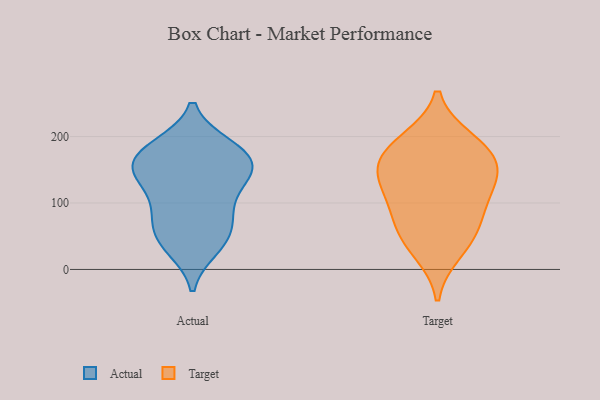
{"axis": {"x": "Production Output", "y": "Value"}, "legend": ["Actual", "Target"], "data": [{"x": "", "y": 186, "type": "Actual"}, {"x": "", "y": 32, "type": "Actual"}, {"x": "", "y": 36, "type": "Actual"}, {"x": "", "y": 126, "type": "Actual"}, {"x": "", "y": 142, "type": "Actual"}, {"x": "", "y": 160, "type": "Actual"}, {"x": "", "y": 64, "type": "Actual"}, {"x": "", "y": 102, "type": "Actual"}, {"x": "", "y": 166, "type": "Actual"}, {"x": "", "y": 79, "type": "Actual"}, {"x": "", "y": 182, "type": "Actual"}, {"x": "", "y": 142, "type": "Actual"}, {"x": "", "y": 47, "type": "Actual"}, {"x": "", "y": 81, "type": "Actual"}, {"x": "", "y": 159, "type": "Actual"}, {"x": "", "y": 145, "type": "Actual"}, {"x": "", "y": 186, "type": "Actual"}, {"x": "", "y": 186, "type": "Target"}, {"x": "", "y": 53, "type": "Target"}, {"x": "", "y": 27, "type": "Target"}, {"x": "", "y": 150, "type": "Target"}, {"x": "", "y": 63, "type": "Target"}, {"x": "", "y": 145, "type": "Target"}, {"x": "", "y": 194, "type": "Target"}, {"x": "", "y": 108, "type": "Target"}, {"x": "", "y": 137, "type": "Target"}, {"x": "", "y": 95, "type": "Target"}, {"x": "", "y": 172, "type": "Target"}]}